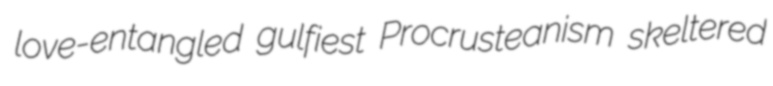
love-entangled gulfiest Procrusteanism skeltered